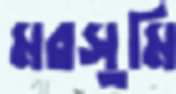
মরসুমি